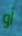
أو